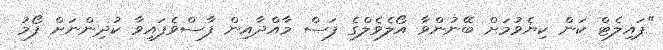
"ޕައިލެޓް ކަން ކިޔެވުމަށް ބޭނުންވާ އޯލެވެލްގެ ފަސް މާއްދާއިން ފާސްވެފައިވާ ކުދިންނަށް ފޯމު